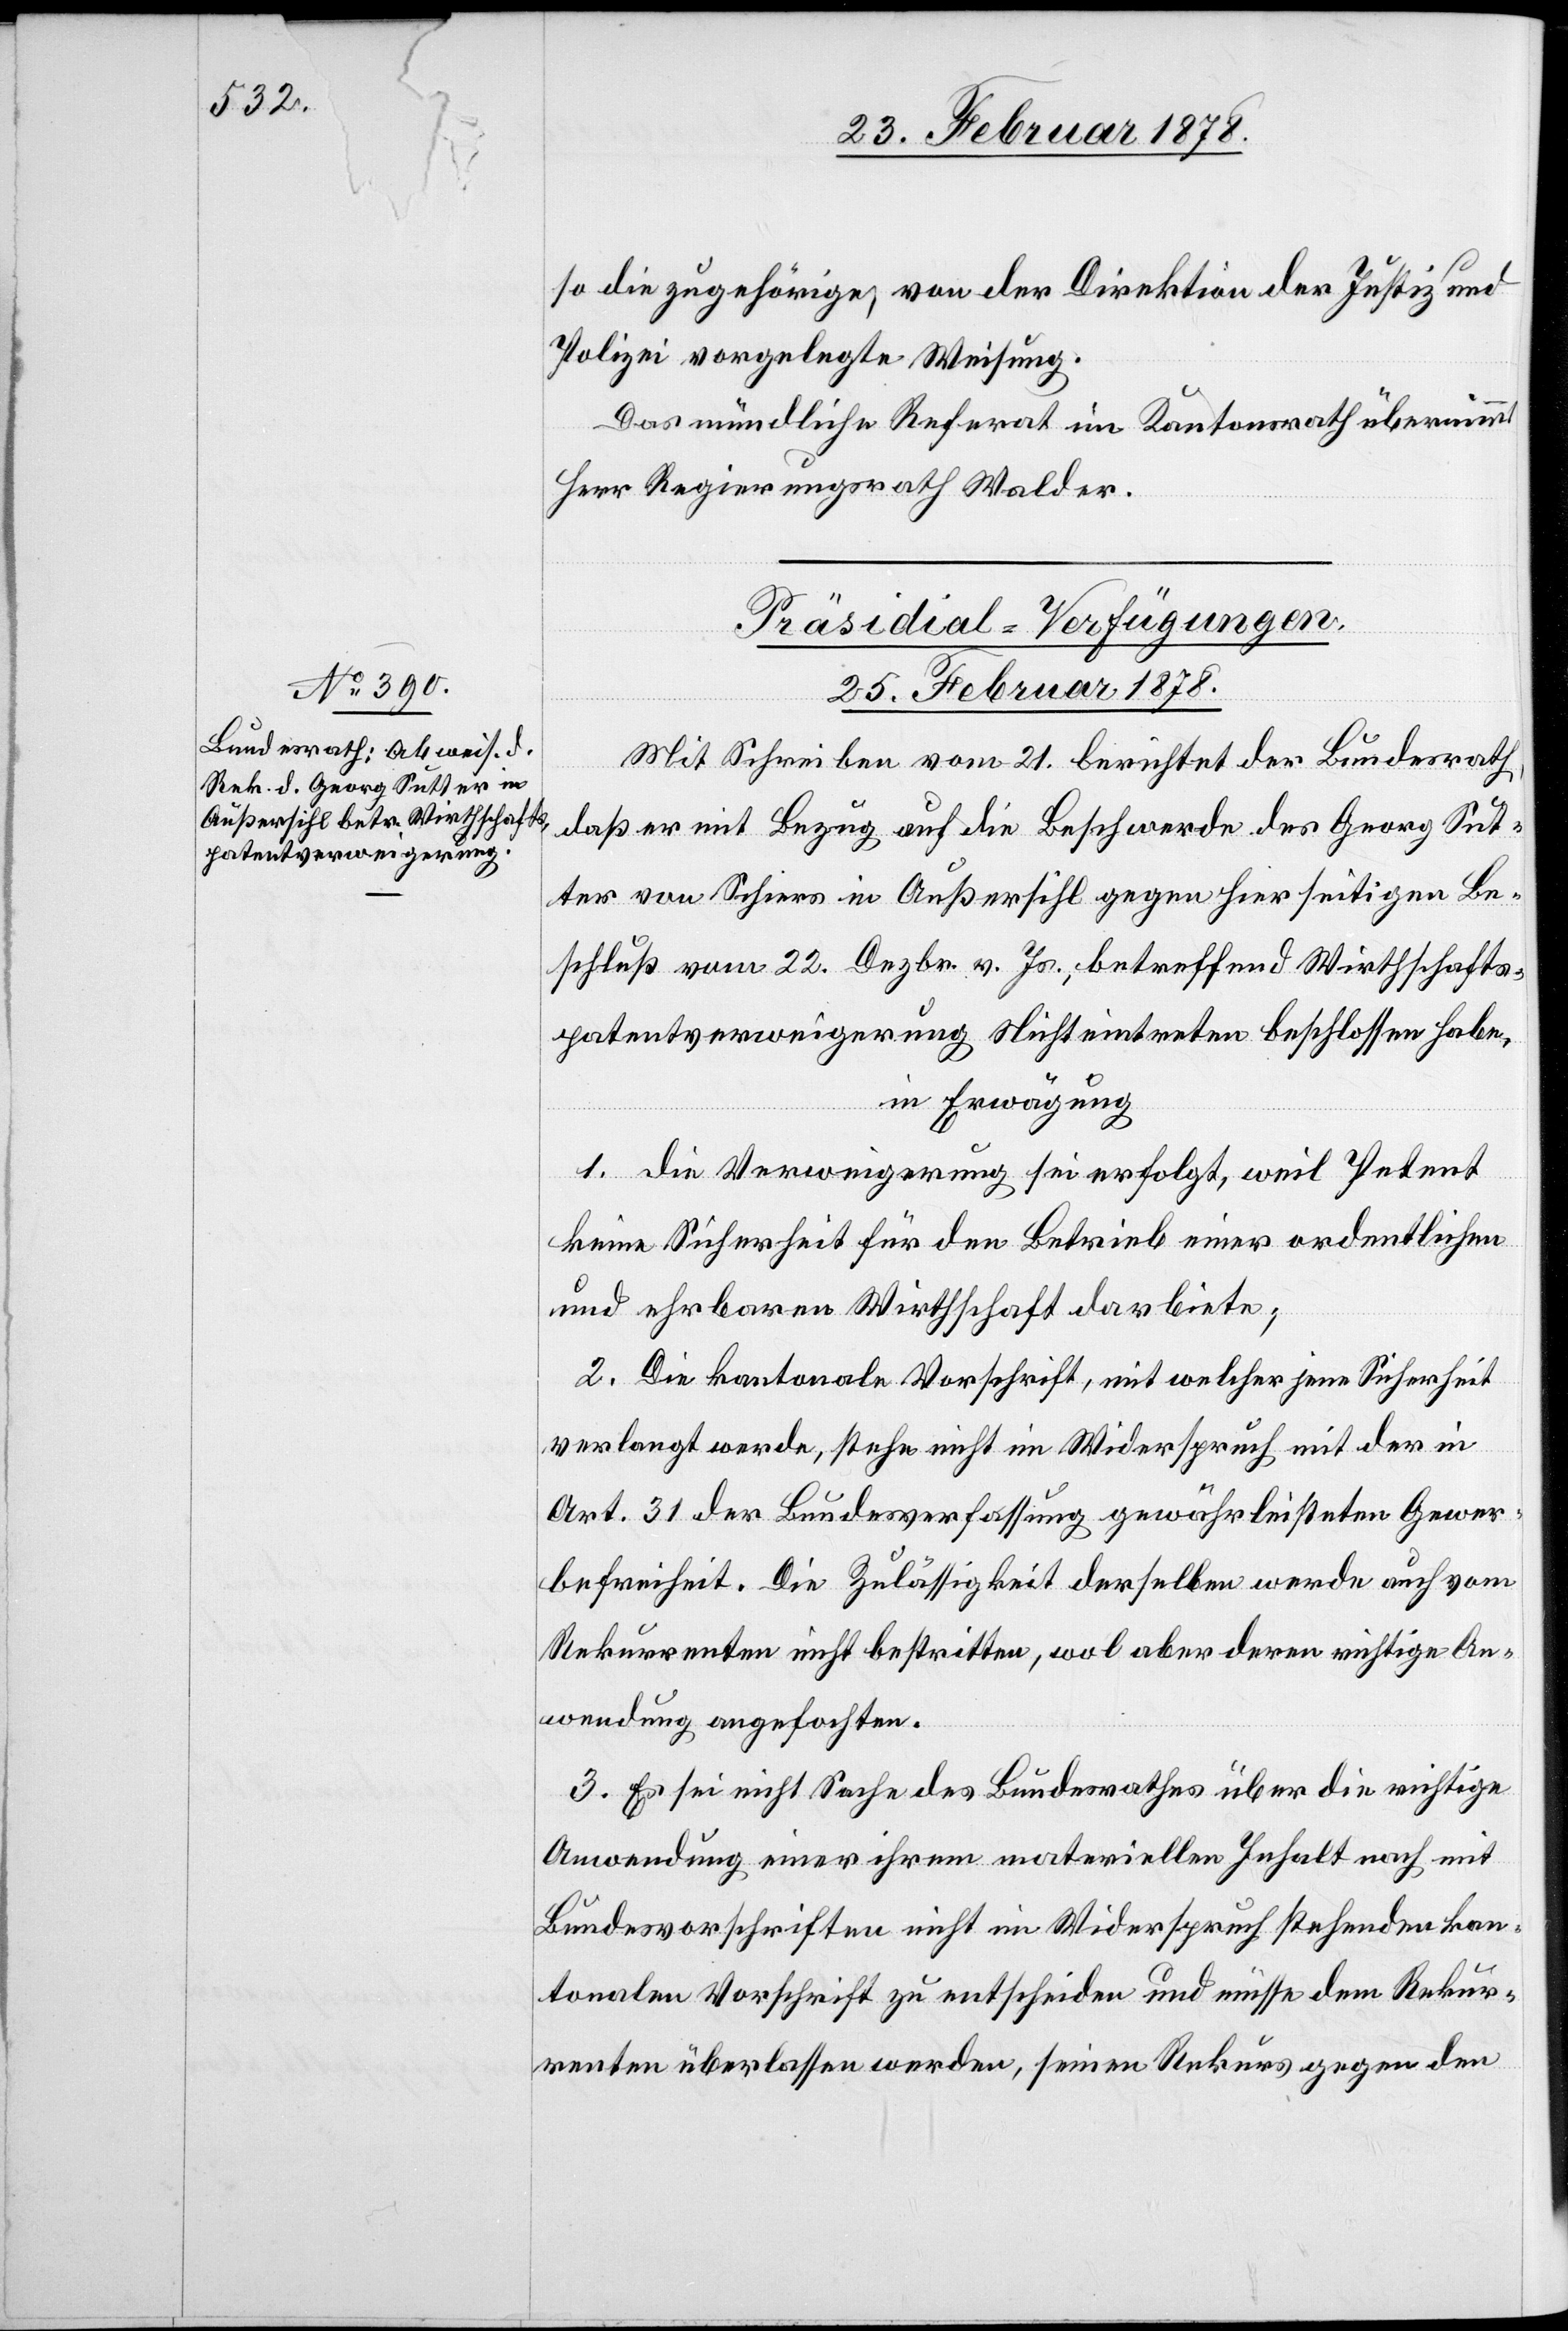
so die zugehörige, von der Direktion der Justiz und
Polizei vorgelegte Weisung.
Das mündliche Referat im Kantonsrath übernimmt
Herr Regierungsrath Walder.
Präsidial-Verfügungen.
25. Februar 1878.
Mit Schreiben vom 21. berichtet der Bundesrath,
daß er mit Bezug auf die Beschwerde des Georg Sut¬
ter von Schiers in Außersihl gegen hierseitigen Be¬
schluß vom 22. Dezbr. v. Js., betreffend Wirthschafts¬
patentsverweigerung Nichteintreten beschlossen habe,
in Erwägung
1. Die Verweigerung sei erfolgt, weil Petent
keine Sicherheit für den Betrieb einer ordentlichen
und ehrbaren Wirthschaft darbiete;
2. Die kantonale Vorschrift, mit welcher jene Sicherheit
verlangt werde, stehe nicht im Widerspruch mit der in
Art. 31 der Bundesverfassung gewährleisteten Gewer¬
befreiheit. Die Zulässigkeit derselben werde auch vom
Rekurrenten nicht bestritten, wol aber deren richtige An¬
ordnung angefochten.
3. Es sei nicht Sache des Bundesrathes über die richtige
Anwendung einer ihrem materiellen Inhalt nach mit
Bundesvorschriften nicht im Widerspruch stehenden kan¬
tonalen Vorschrift zu entscheiden und müsse dem Rekur¬
renten überlassen werden, seinen Rekurs gegen den